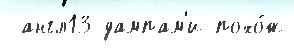
 англ13 дампам'и похо́ж